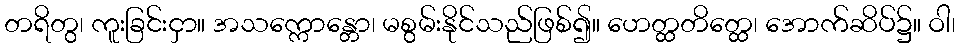
တရိတွ၊ ကူးခြင်းငှာ။ အသက္ကောန္တော၊ မစွမ်းနိုင်သည်ဖြစ်၍။ ဟေတ္ထတိတ္ထေ၊ အောက်ဆိပ်၌။ ဝါ၊